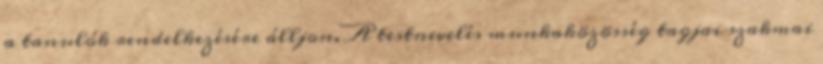
a tanulók rendelkezésére álljon. A testnevelés munkaközösség tagjai szakmai